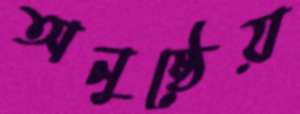
অনুষ্ঠেয়